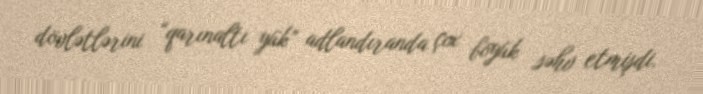
dövlətlərini “qarınaltı yük” adlandıranda çox böyük səhv etmişdi.